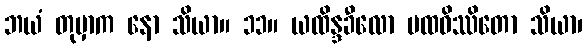
ဘယံ တုမှာက နော သိယာ။ ၁၁။ ယထိန္ဒခီလော ပထဝိဿိတော သိယာ၊